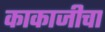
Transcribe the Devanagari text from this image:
काकाजीचा